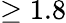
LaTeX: \ge 1.8